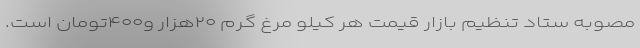
مصوبه ستاد تنظیم بازار قیمت هر کیلو مرغ گرم ۲۰هزار و۴۰۰تومان است.